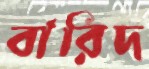
বারিদ